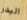
البدر